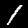
Digit: 1